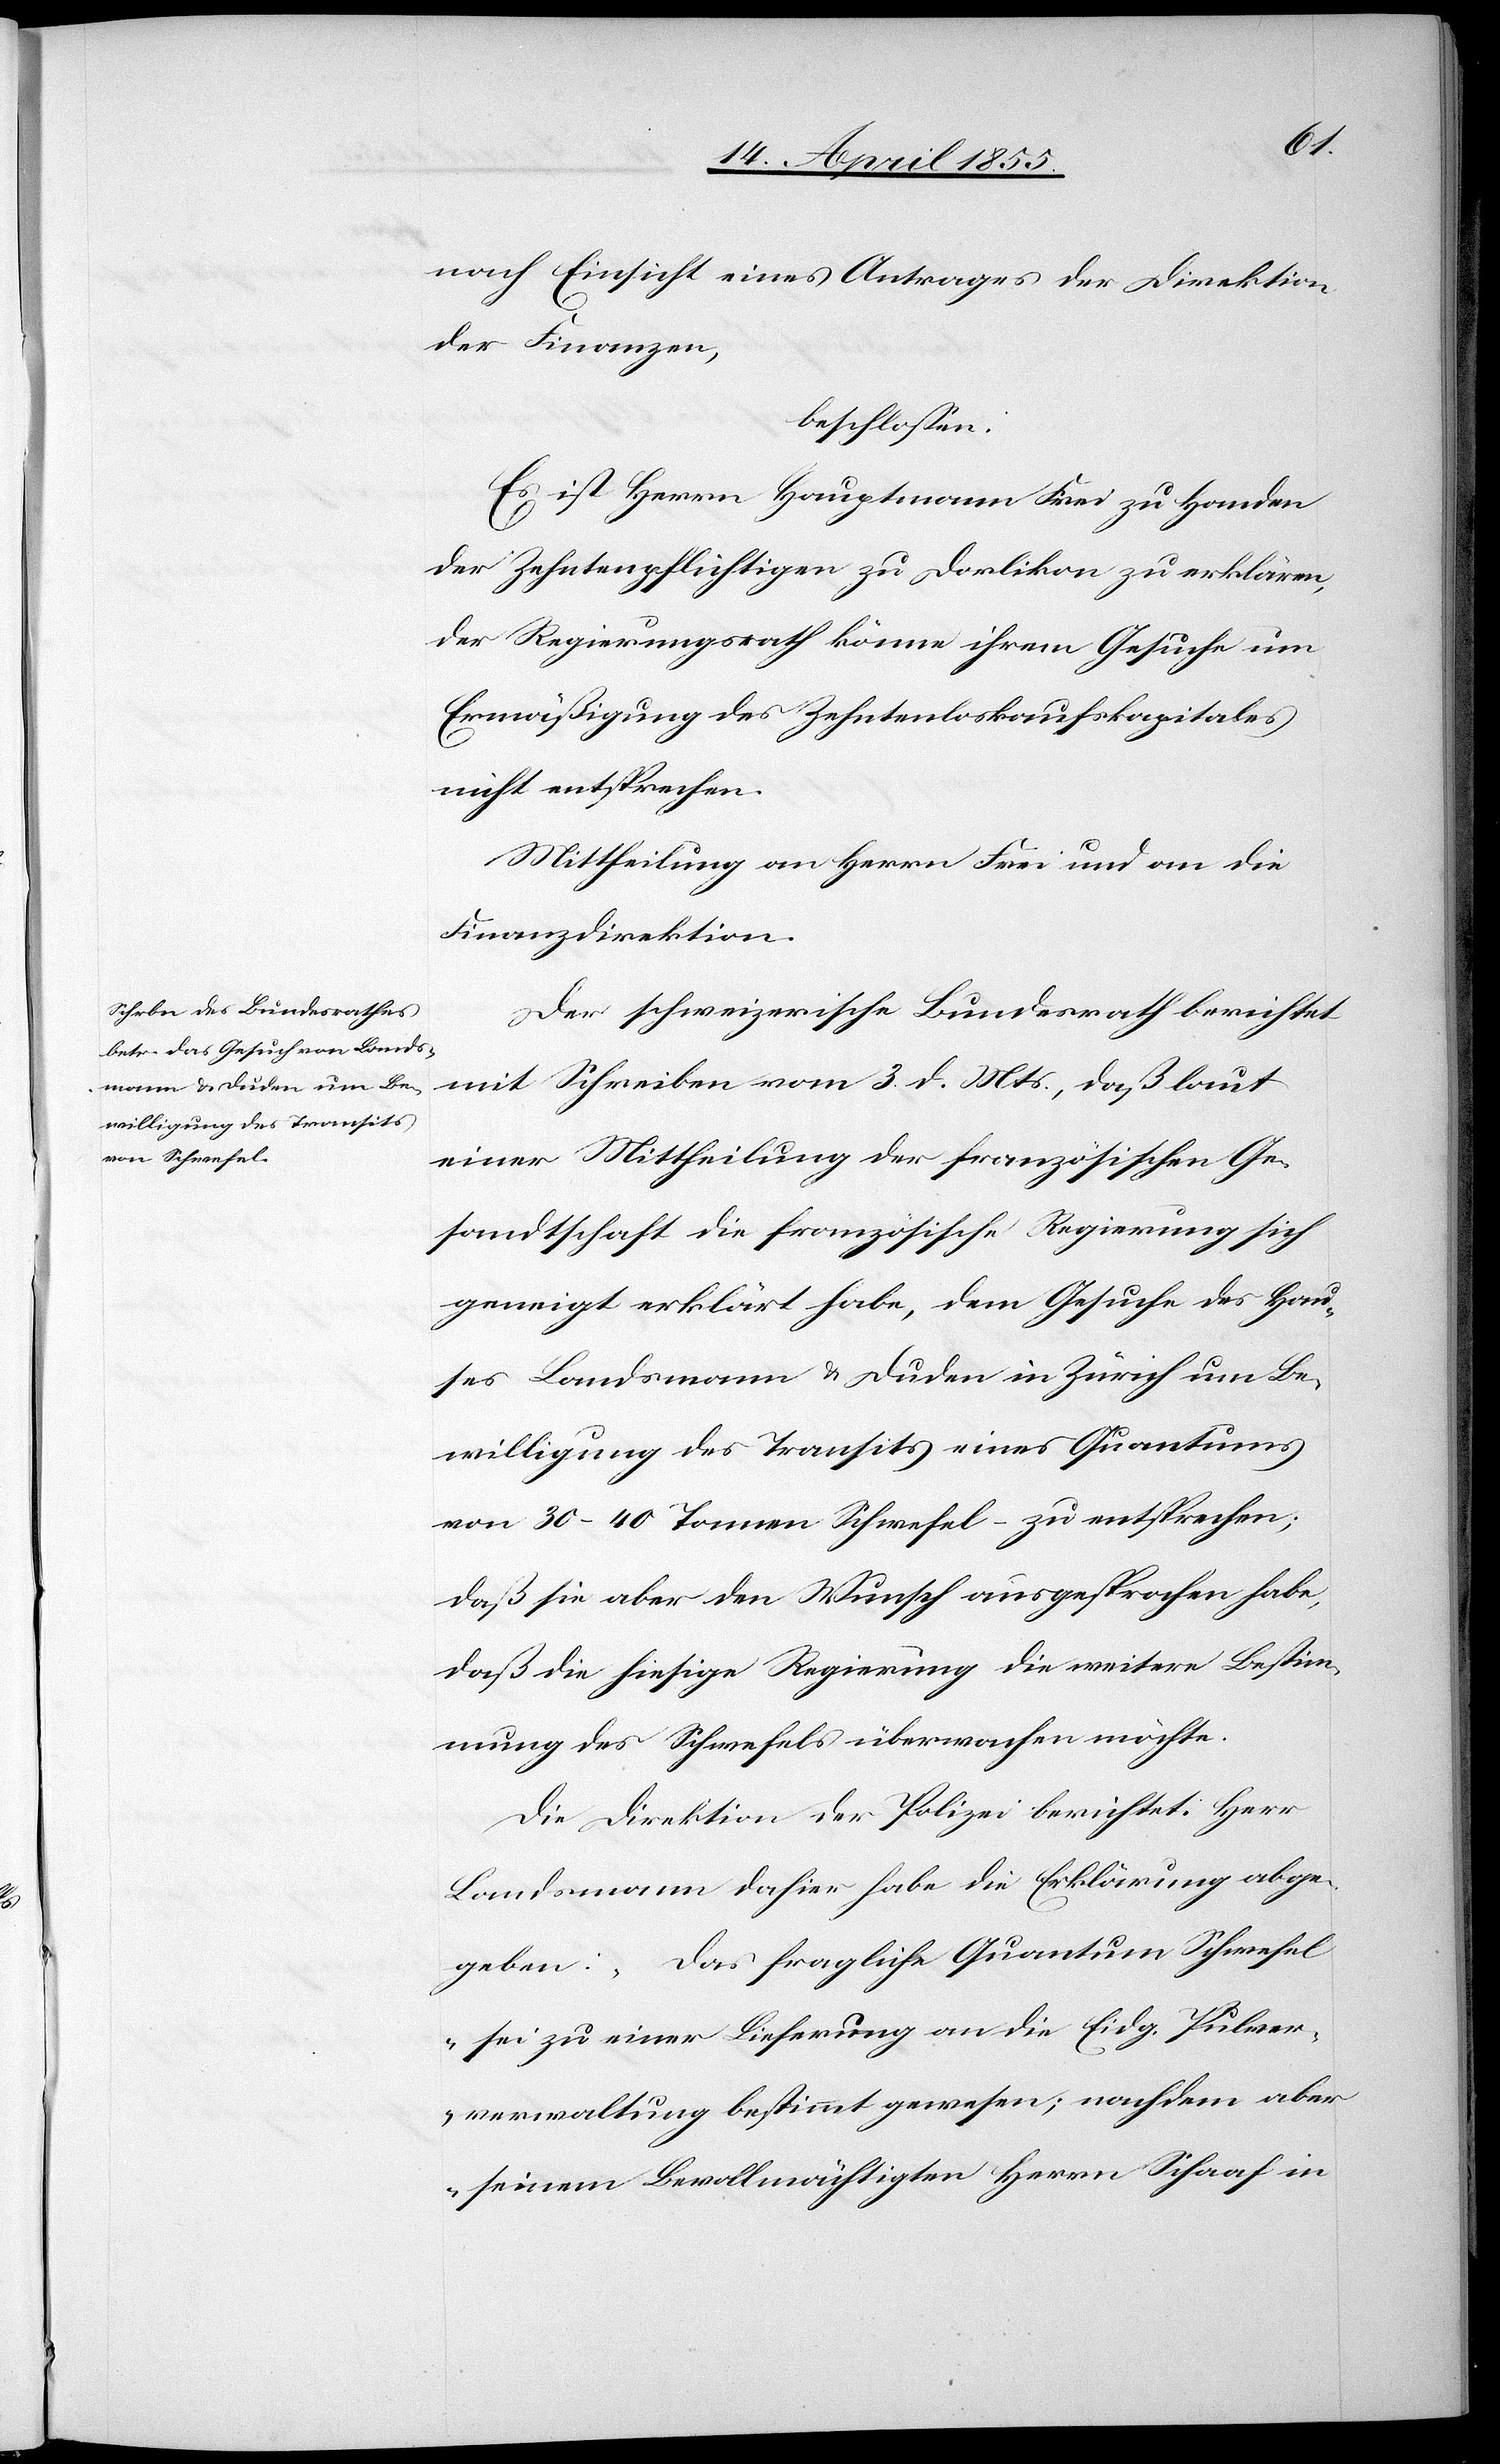
nach Einsicht eines Antrages der Direktion
der Finanzen,
beschlossen:
Es ist Herrn Hauptmann Frei zu Handen
der Zehntenpflichtigen zu Dorlikon zu erklären,
der Regierungsrath könne ihrem Gesuche um
Ermäßigung des Zehntenloskaufskapitales
nicht entsprechen.
Mittheilung an Herrn Frei und an die
Finanzdirektion.
Der schweizerische Bundesrath berichtet
mit Schreiben vom 3. d. Mts., daß laut
einer Mittheilung der französischen Ge¬
sandtschaft die französische Regierung sich
geneigt erklärt habe, dem Gesuche des Hau¬
ses Landsmann & Duden in Zürich um Be¬
willigung des Transits eines Quantums
von 30–40 Tonnen Schwefel – zu entsprechen;
daß sie aber den Wunsch ausgesprochen habe,
daß die hiesige Regierung die weitere Bestim¬
mung des Schwefels überwachen möchte.
Die Direktion der Polizei berichtet: Herr
Landsmann dahier habe die Erklärung abge¬
geben: „Das fragliche Quantum Schwefel
sei zu einer Lieferung an die Eidg. Pulver¬
verwaltung bestimmt gewesen; nachdem aber
seinem Bevollmächtigten Herrn Schaaf in